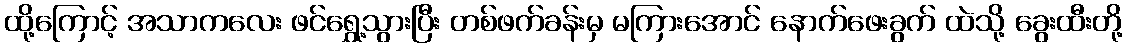
ထို့ကြောင့် အသာကလေး ဖင်ရွှေ့သွားပြီး တစ်ဖက်ခန်းမှ မကြားအောင် နောက်ဖေးခွက် ထဲသို့ ခွေးထီးတို့